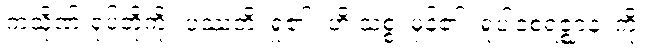
ကသိုဏ်းရုပ်တို့ကို။ ပဿတိ၊ ရှု၏။ ဟိ သစ္စံ၊ မှန်၏။ ရူပါဝစရဇ္ဈာနံ၊ ကို။